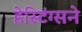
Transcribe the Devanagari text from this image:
हेस्टिंग्सने